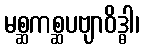
မစ္ဆကစ္ဆပဗျာဝိဒ္ဓါ၊